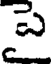
పె